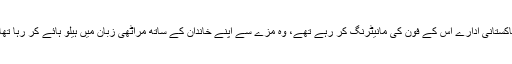
پاکستانی ادارے اس کے فون کی مانیٹرنگ کر رہے تھے، وہ مزے سے اپنے خاندان کے ساتھ مراٹھی زبان میں ہیلو ہائے کر رہا تھا۔